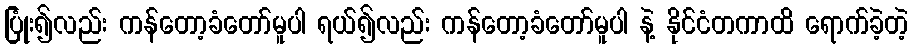
ပြုံး၍လည်း ကန်တော့ခံတော်မူပါ ရယ်၍လည်း ကန်တော့ခံတော်မူပါ နဲ့ နိုင်ငံတကာထိ ရောက်ခဲ့တဲ့